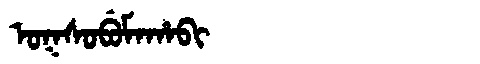
Manchu: ᠣᡴᠰᠣᠪᡠᠮᠠᡥᠠᠪᡳ
Romanization: OKSOBUMAHABI